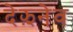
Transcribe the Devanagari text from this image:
देझ़नेव